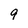
Character: 9